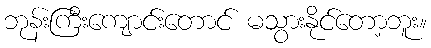
ဘုန်းကြီးကျောင်းတောင် မသွားနိုင်တော့ဘူး။